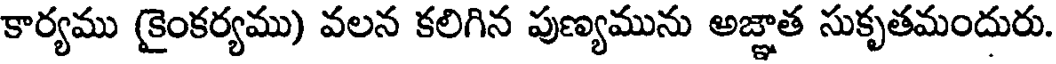
కార్యము (కైంకర్యము) వలన కలిగిన పుణ్యమును అజ్ఞాత సుకృతమందురు.